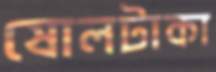
ষোলটাকা